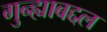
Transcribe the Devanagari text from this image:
गुन्ह्याबद्दल